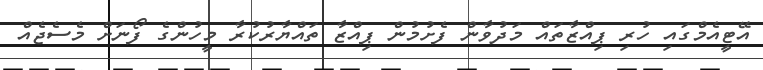
އޭޓީއެމްގައި ހުރި ޕިއްޒާތައް މަދުވާން ފެށުމުން ޕިއްޒާ ތައްޔާރުކުރާ މީހުންގެ ފޯނަށް މެސެޖެއް